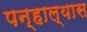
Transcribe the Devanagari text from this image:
पन्हाल्यास